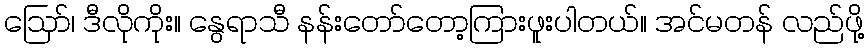
ဩော်၊ ဒီလိုကိုး။ နွေရာသီ နန်းတော်တော့ကြားဖူးပါတယ်။ အင်မတန် လည်ဖို့